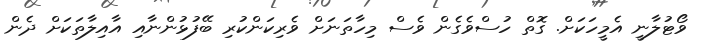
ވޯޓުލާނީ އެމީހަކަށް. ގޮތް ހުސްވެގެން ވެސް މިހާތަނަށް ވެރިކަންކުރި ބޭފުޅުންނާއި އާއިލާތަކަށް ދެން